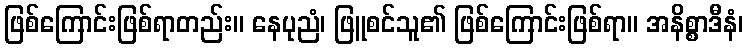
ဖြစ်ကြောင်းဖြစ်ရာတည်း။ နေပုညံ၊ ဖြူစင်သူ၏ ဖြစ်ကြောင်းဖြစ်ရာ။ အနိစ္စာဒီနံ၊